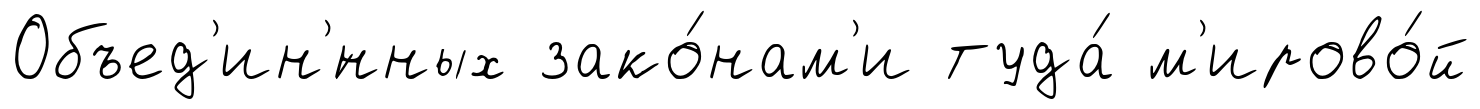
Объед'ин'́нных зако́нам'и туда́ м'ирово́й